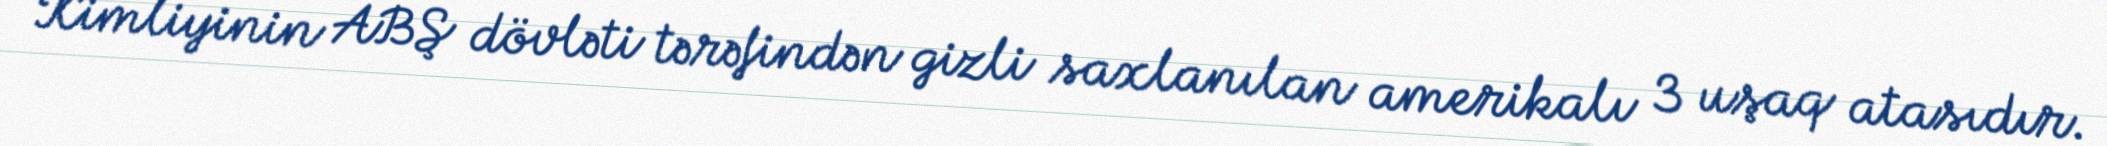
Kimliyinin ABŞ dövləti tərəfindən gizli saxlanılan amerikalı 3 uşaq atasıdır.